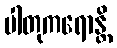
ပါတုကရောန္တိ